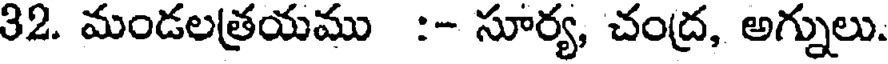
32. మండలత్రయము :- సూర్య, చంద్ర, అగ్నులు.